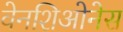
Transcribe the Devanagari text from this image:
वेनशिओनेस